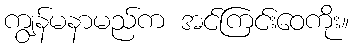
ကျွန်မနာမည်က အင်ကြင်းဝေကိုး။